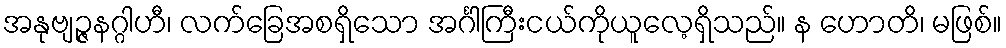
အနုဗျဉ္ဇနဂ္ဂါဟီ၊ လက်ခြေအစရှိသော အင်္ဂါကြီးငယ်ကိုယူလေ့ရှိသည်။ န ဟောတိ၊ မဖြစ်။